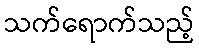
သက်ရောက်သည့်